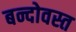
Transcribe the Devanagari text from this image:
बन्दोवस्त